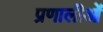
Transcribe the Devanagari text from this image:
प्रणालीओं